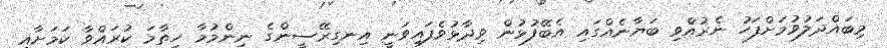
މިބައްދަލުވުމަށްފަހު ނެރުއްވި ބަޔާނެއްގައި އެބޭފުޅުން ވިދާޅުވެފައިވަނީ އިނގިރޭސީންގެ ނިންމުމާ ހިތާމަ ކުރައްވާ ކަމަށާއި